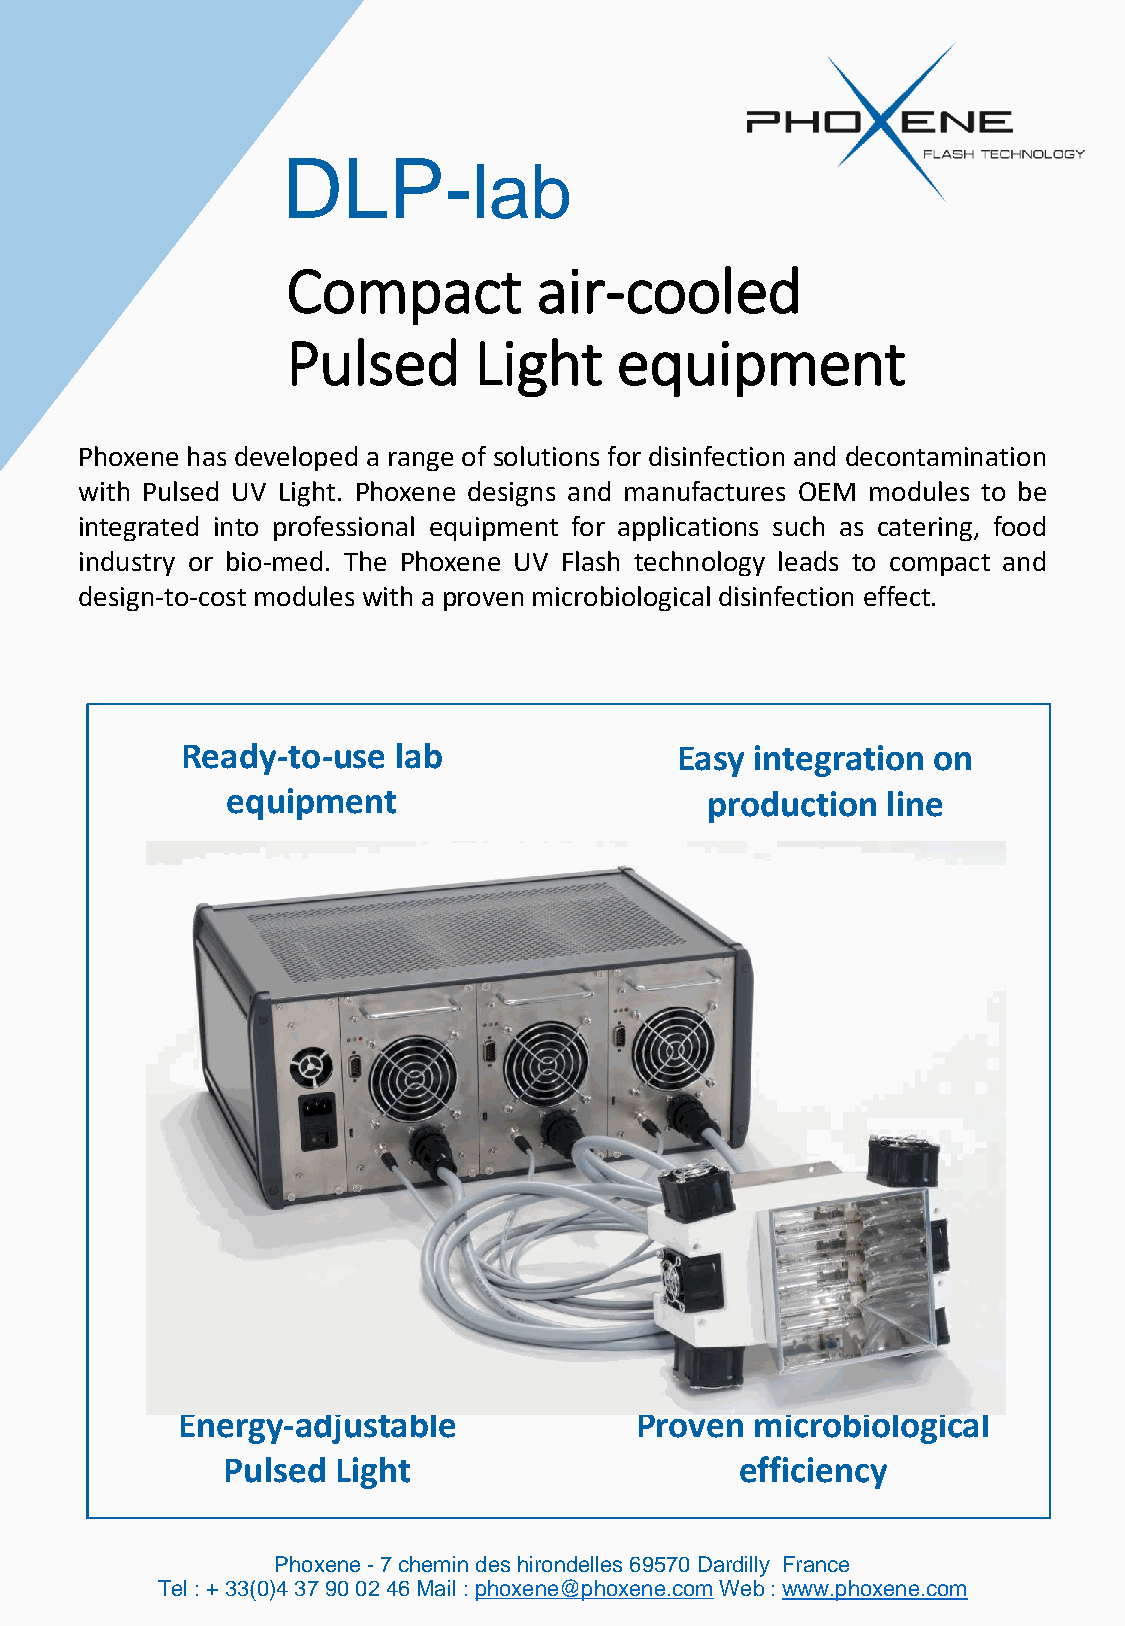
DLP-
 lab
 Compact          air-cooled
 Pulsed      Light     equipment
 Phoxene has developed a range of solutions for disinfection and decontamination
 with Pulsed UV Light. Phoxene designs and manufactures OEM modules to be
 integrated into professional equipment for applications such as catering, food
 industry or bio-med. The Phoxene UV Flash technology leads to compact and
 design-to-cost modules with a proven microbiological disinfection effect.
 Ready-to-use  lab                Easy integration on
 equipment                       production  line
 Energy-adjustable             Proven  microbiological
 Pulsed Light                      efficiency
 Phoxene -7 chemin des hirondelles 69570 Dardilly France
 Tel : + 33(0)4 37 90 02 46 Mail : phoxene@phoxene.comWeb : www.phoxene.com